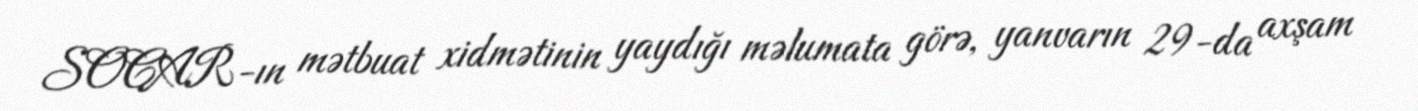
SOCAR-ın mətbuat xidmətinin yaydığı məlumata görə, yanvarın 29-da axşam